Report of the Indian Hemp Drugs Commission, 1894-1895 - Volume I
Year: 1894
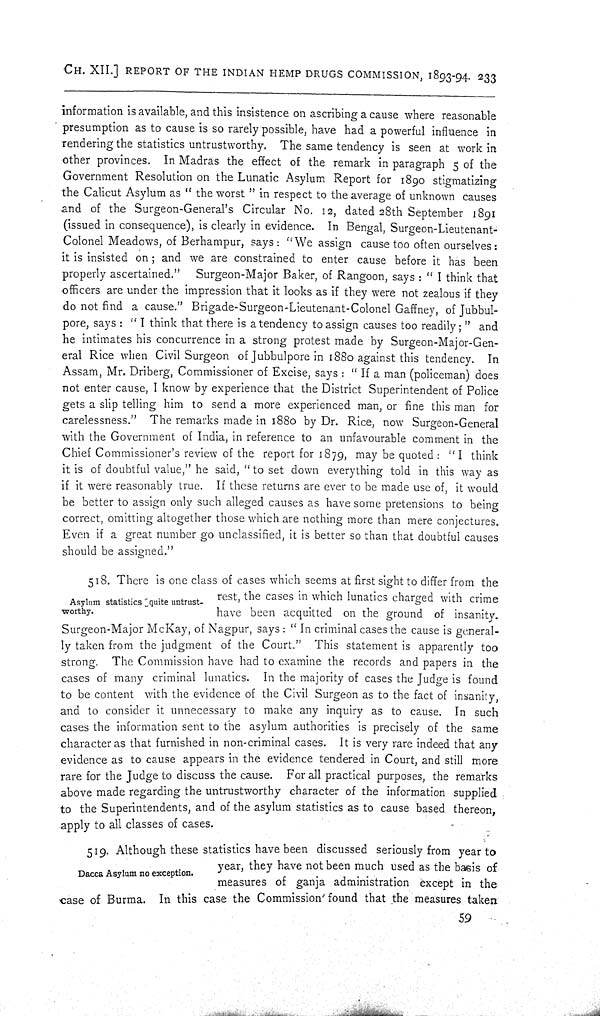
CH. XII.] REPORT OF THE INDIAN HEMP DRUGS COMMISSION, 1893-94. 233
information is available, and this insistence on ascribing a cause where reasonable
presumption as to cause is so rarely possible, have had a powerful influence in
rendering the statistics untrustworthy. The same tendency is seen at work in
other provinces. In Madras the effect of the remark in paragraph 5 of the
Government Resolution on the Lunatic Asylum Report for 1890 stigmatizing
the Calicut Asylum as "the worst " in respect to the average of unknown causes
and of the Surgeon-General's Circular No. 12, dated 28th September 1891
(issued in consequence), is clearly in evidence. In Bengal, Surgeon-Lieutenant-
Colonel Meadows, of Berhampur, says: "We assign cause too often ourselves:
it is insisted on; and we are constrained to enter cause before it has been
properly ascertained." Surgeon-Major Baker, of Rangoon, says: "I think that
officers are under the impression that it looks as if they were not zealous if they
do not find a cause." Brigade-Surgeon-Lieutenant-Colonel Gaffney, of Jubbul-
pore, says: "I think that there is a tendency to assign causes too readily;" and
he intimates his concurrence in a strong protest made by Surgeon-Major-Gen-
eral Rice when Civil Surgeon of Jubbulpore in 1880 against this tendency. In
Assam, Mr. Driberg, Commissioner of Excise, says: "If a man (policeman) does
not enter cause, I know by experience that the District Superintendent of Police
gets a slip telling him to send a more experienced man, or fine this man for
carelessness." The remarks made in 1880 by Dr. Rice, now Surgeon-General
with the Government of India, in reference to an unfavourable comment in the
Chief Commissioner's review of the report for 1879, may be quoted: "I think
it is of doubtful value," he said, "to set down everything told in this way as
if it were reasonably true. If these returns are ever to be made use of, it would
be better to assign only such alleged causes as have some pretensions to being
correct, omitting altogether those which are nothing more than mere conjectures.
Even if a great number go unclassified, it is better so than that doubtful causes
should be assigned."
Asylum statistics quite untrust-
worthy.
518. There is one class of cases which seems at first sight to differ from the
rest, the cases in which lunatics charged with crime
have been acquitted on the ground of insanity.
Surgeon-Major McKay, of Nagpur, says: "In criminal cases the cause is general-
ly taken from the judgment of the Court." This statement is apparently too
strong. The Commission have had to examine the records and papers in the
cases of many criminal lunatics. In the majority of cases the Judge is found
to be content with the evidence of the Civil Surgeon as to the fact of insanity,
and to consider it unnecessary to make any inquiry as to cause. In such
cases the information sent to the asylum authorities is precisely of the same
character as that furnished in non-criminal cases. It is very rare indeed that any
evidence as to cause appears in the evidence tendered in Court, and still more
rare for the Judge to discuss the cause. For all practical purposes, the remarks
above made regarding the untrustworthy character of the information supplied
to the Superintendents, and of the asylum statistics as to cause based thereon,
apply to all classes of cases.
Dacca Asylum no exception.
519. Although these statistics have been discussed seriously from year to
year, they have not been much used as the basis of
measures of ganja administration except in the
case of Burma. In this case the Commission found that the measures taken
59